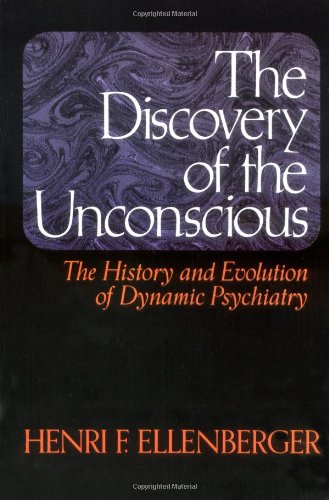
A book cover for The Discovery of the Unconscious: The History and Evolution of Dynamic Psychiatry; Henri F. Ellenberger; Medical Books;